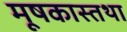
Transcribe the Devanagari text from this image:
मूषकास्तथा